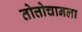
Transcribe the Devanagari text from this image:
तोत्तोचानला